Annual statistical returns and brief notes on vaccination in Bengal - 1887-1898
Year: 1887
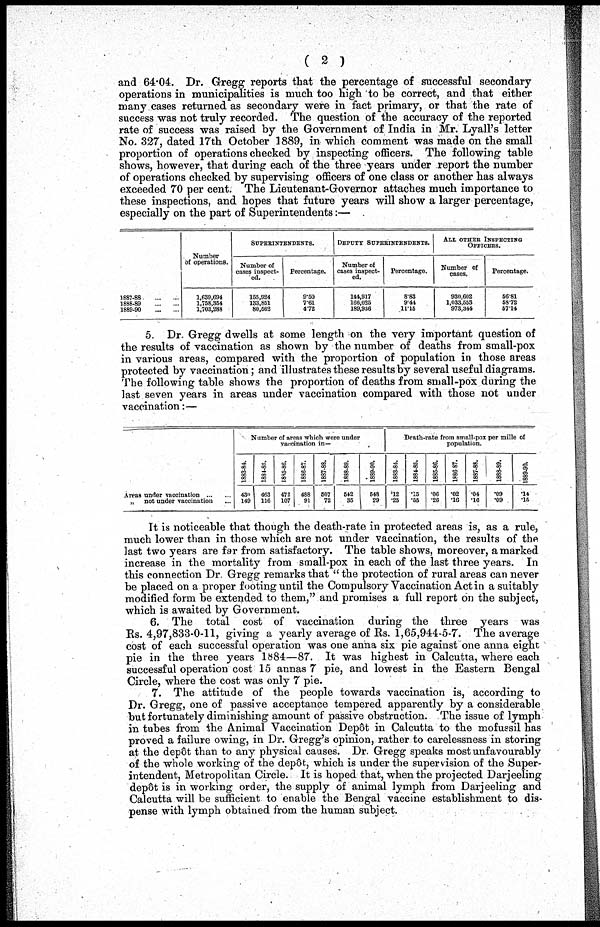
(2)
and 64.04. Dr. Gregg reports that the percentage of successful secondary
operations in municipalities is much too high to be correct, and that either
many cases returned as secondary were in fact primary, or that the rate of
success was not truly recorded. The question of the accuracy of the reported
rate of success was raised by the Government of India in Mr. Lyall's letter
No. 327, dated 17th October 1889, in which comment was made on the small
proportion of operations checked by inspecting officers. The following table
shows, however, that during each of the three years under report the number
of operations checked by supervising officers of one class or another has always
exceeded 70 per cent. The Lieutenant-Governor attaches much importance to
these inspections, and hopes that future years will show a larger percentage,
especially on the part of Superintendents:—
1887-88...
...
1888-89...
...
1889-90...
...
Number
of operations.
1,639,694
1,758,354
1,703,288
SUPERINTENDENTS.
Number of
cases inspect-
ed.
155,924
133,851
80,562
Percentage.
9.50
7.61
4.72
DEPUTY SUPERINTENDENTS.
Number of
cases inspect-
ed.
144,917 166,025 189,936
Percentage.
8.83
9.44
11.15
ALL OTHER INSPECTING
OFFICERS.
Number of
cases.
930,602
1,033,553
973,344
Percentage.
56.81
58.72
57.14
5. Dr. Gregg dwells at some length on the very important question of
the results of vaccination as shown by the number of deaths from small-pox
in various areas, compared with the proportion of population in those areas
protected by vaccination; and illustrates these results by several useful diagrams.
The following table shows the proportion of deaths from small-pox during the
last seven years in areas under vaccination compared with those not under
vaccination:—
Areas under
vaccination...
...
„
not under vaccination...
Number of areas which were under
vaccination in—
1883-84.
430
149
1884-85.
463
116
1885-86.
472
107
1886-87.
488
91
1887-88.
507
72
1888-89.
542
35
1889-90.
548
29
Death-rate from small-pox per mille of
population.
1883-84.
.12
.25
1884-85.
.15
.55
1885-86.
.06
.26
1886-87.
.02
.16
1887-88.
.04
.16
1888-89.
.09
.09
1889-90.
.14
.15
It is noticeable that though the death-rate in protected areas is, as a rule,
much lower than in those which are not under vaccination, the results of the
last two years are far from satisfactory. The table shows, moreover, a marked
increase in the mortality from small-pox in each of the last three years. In
this connection Dr. Gregg remarks that "the protection of rural areas can never
be placed on a proper footing until the Compulsory Vaccination Act in a suitably
modified form be extended to them," and promises a full report on the subject,
which is awaited by Government.
6. The total cost of vaccination during the three years was
Rs. 4,97,833-0-11, giving a yearly average of Rs. 1,65,944-5-7. The average
cost of each successful operation was one anna six pie against one anna eight
pie in the three years 1884—87. It was highest in Calcutta, where each
successful operation cost 15 annas 7 pie, and lowest in the Eastern Bengal
Circle, where the cost was only 7 pie.
7. The attitude of the people towards vaccination is, according to
Dr. Gregg, one of passive acceptance tempered apparently by a considerable
but fortunately diminishing amount of passive obstruction. The issue of lymph
in tubes from the Animal Vaccination Depôt in Calcutta to the mofussil has
proved a failure owing, in Dr. Gregg's opinion, rather to carelessness in storing
at the depôt than to any physical causes. Dr. Gregg speaks most unfavourably
of the whole working of the depôt, which is under the supervision of the Super-
intendent, Metropolitan Circle. It is hoped that, when the projected Darjeeling
depôt is in working order, the supply of animal lymph from Darjeeling and
Calcutta will be sufficient to enable the Bengal vaccine establishment to dis-
pense with lymph obtained from the human subject.